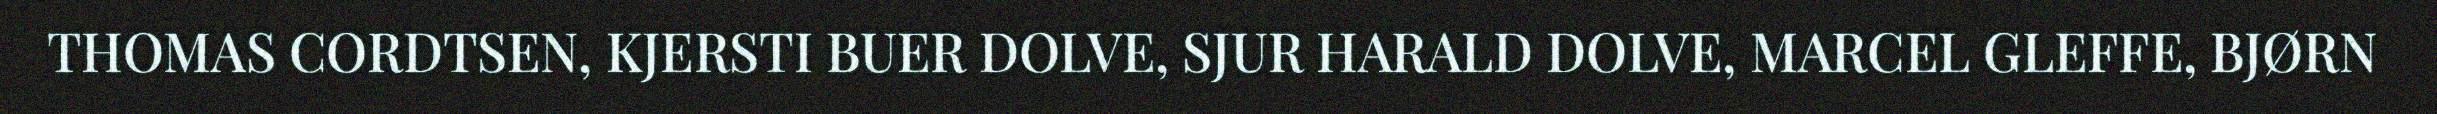
THOMAS CORDTSEN, KJERSTI BUER DOLVE, SJUR HARALD DOLVE, MARCEL GLEFFE, BJØRN